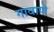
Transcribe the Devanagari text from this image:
गावाणे